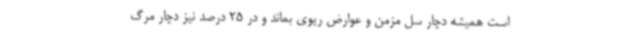
است همیشه دچار سل مزمن و عوارض ریوی بماند و در 25 درصد نیز دچار مرگ